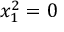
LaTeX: x _ { 1 } ^ { 2 } = 0